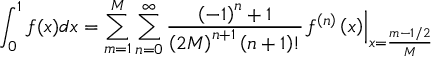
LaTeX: \int _ { 0 } ^ { 1 } { f ( x ) d x } = \sum _ { m = 1 } ^ { M } { \sum _ { n = 0 } ^ { \infty } { { \frac { { { \left( { - 1 } \right) } ^ { n } } + 1 } { { { \left( { 2 M } \right) } ^ { n + 1 } } \left( { n + 1 } \right) ! } } { { \left. { { f ^ { \left( n \right) } } \left( x \right) } \right| } _ { x = { \frac { m - 1 / 2 } { M } } } } } }